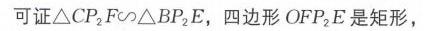
可证\(\triangle CP_{2}F\sim\triangle BP_{2}E\)，四边形 \(OFP_{2}E\) 是矩形，